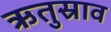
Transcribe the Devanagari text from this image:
ऋतुस्राव